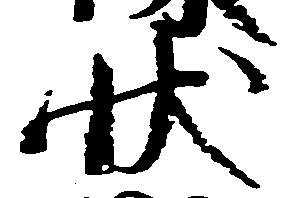
状